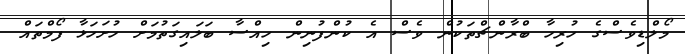
މޯލްޑިވެސްގެ ހުރިހާ ބްރާންޗްތަކުން ވެސް އެ ކުންފުނިން ހިއްސާ ބަލައިގަތުމަށް ހުށަހަޅާ ފޯމްތައް